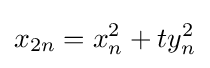
x_{2n}=x_{n}^{2}+ty_{n}^{2}